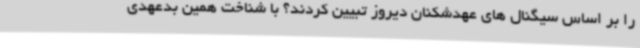
را بر اساس سیگنال های عهدشکنان دیروز تبیین کردند؟ با شناخت همین بدعهدی